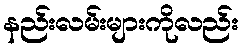
နည်းလမ်းများကိုလည်း